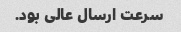
سرعت ارسال عالی بود.